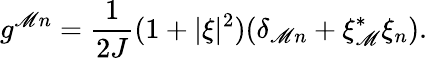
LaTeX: g^{\mathscr{M}n}=\frac{{1}}{{2J}}(1+\vert\xi\vert^{2})(\delta_{\mathscr{M}n}+\xi_{\mathscr{M}}^{*}\xi_{n}).